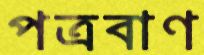
পত্রবাণ